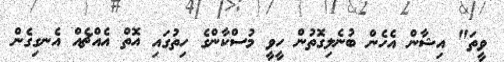
ވީތަ" އިޝާން އެހެން ބުނެލިގޮތުން ހީވީ މުސްކާންގެ ހިތުގައި އޮތް އެއްޗެއް އެނގިގެން